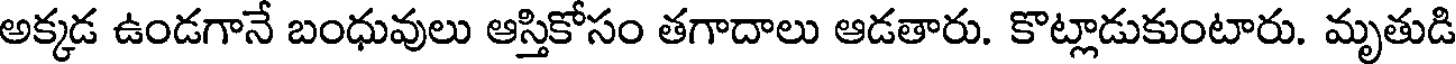
అక్కడ ఉండగానే బంధువులు ఆస్తికోసం తగాదాలు ఆడతారు. కొట్లాడుకుంటారు. మృతుడి